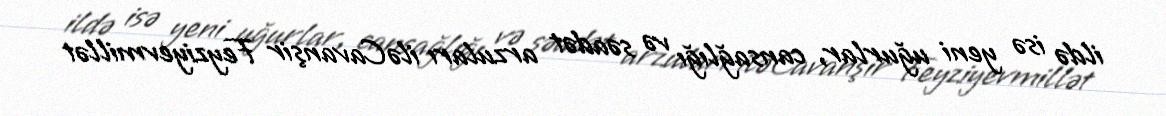
ildə isə yeni uğurlar, cansağlığı və səadət arzuları iləCavanşir Feyziyevmillət